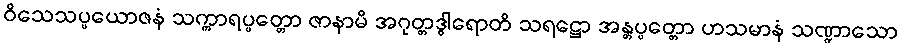
ဝိသေသပ္ပယောဇနံ သက္ကာရပ္ပတ္တော ဇာနာမိ အဂုတ္တဒွါရောတိ သရဋ္ဌော အန္တပ္ပတ္တော ဟသမာနံ သဏ္ဍာသော